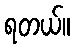
ရတယ်။